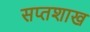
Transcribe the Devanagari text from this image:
सप्तशाख